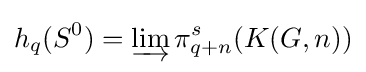
h_{q}(S^{0})=\varinjlim \pi _{q+n}^{s}(K(G,n))